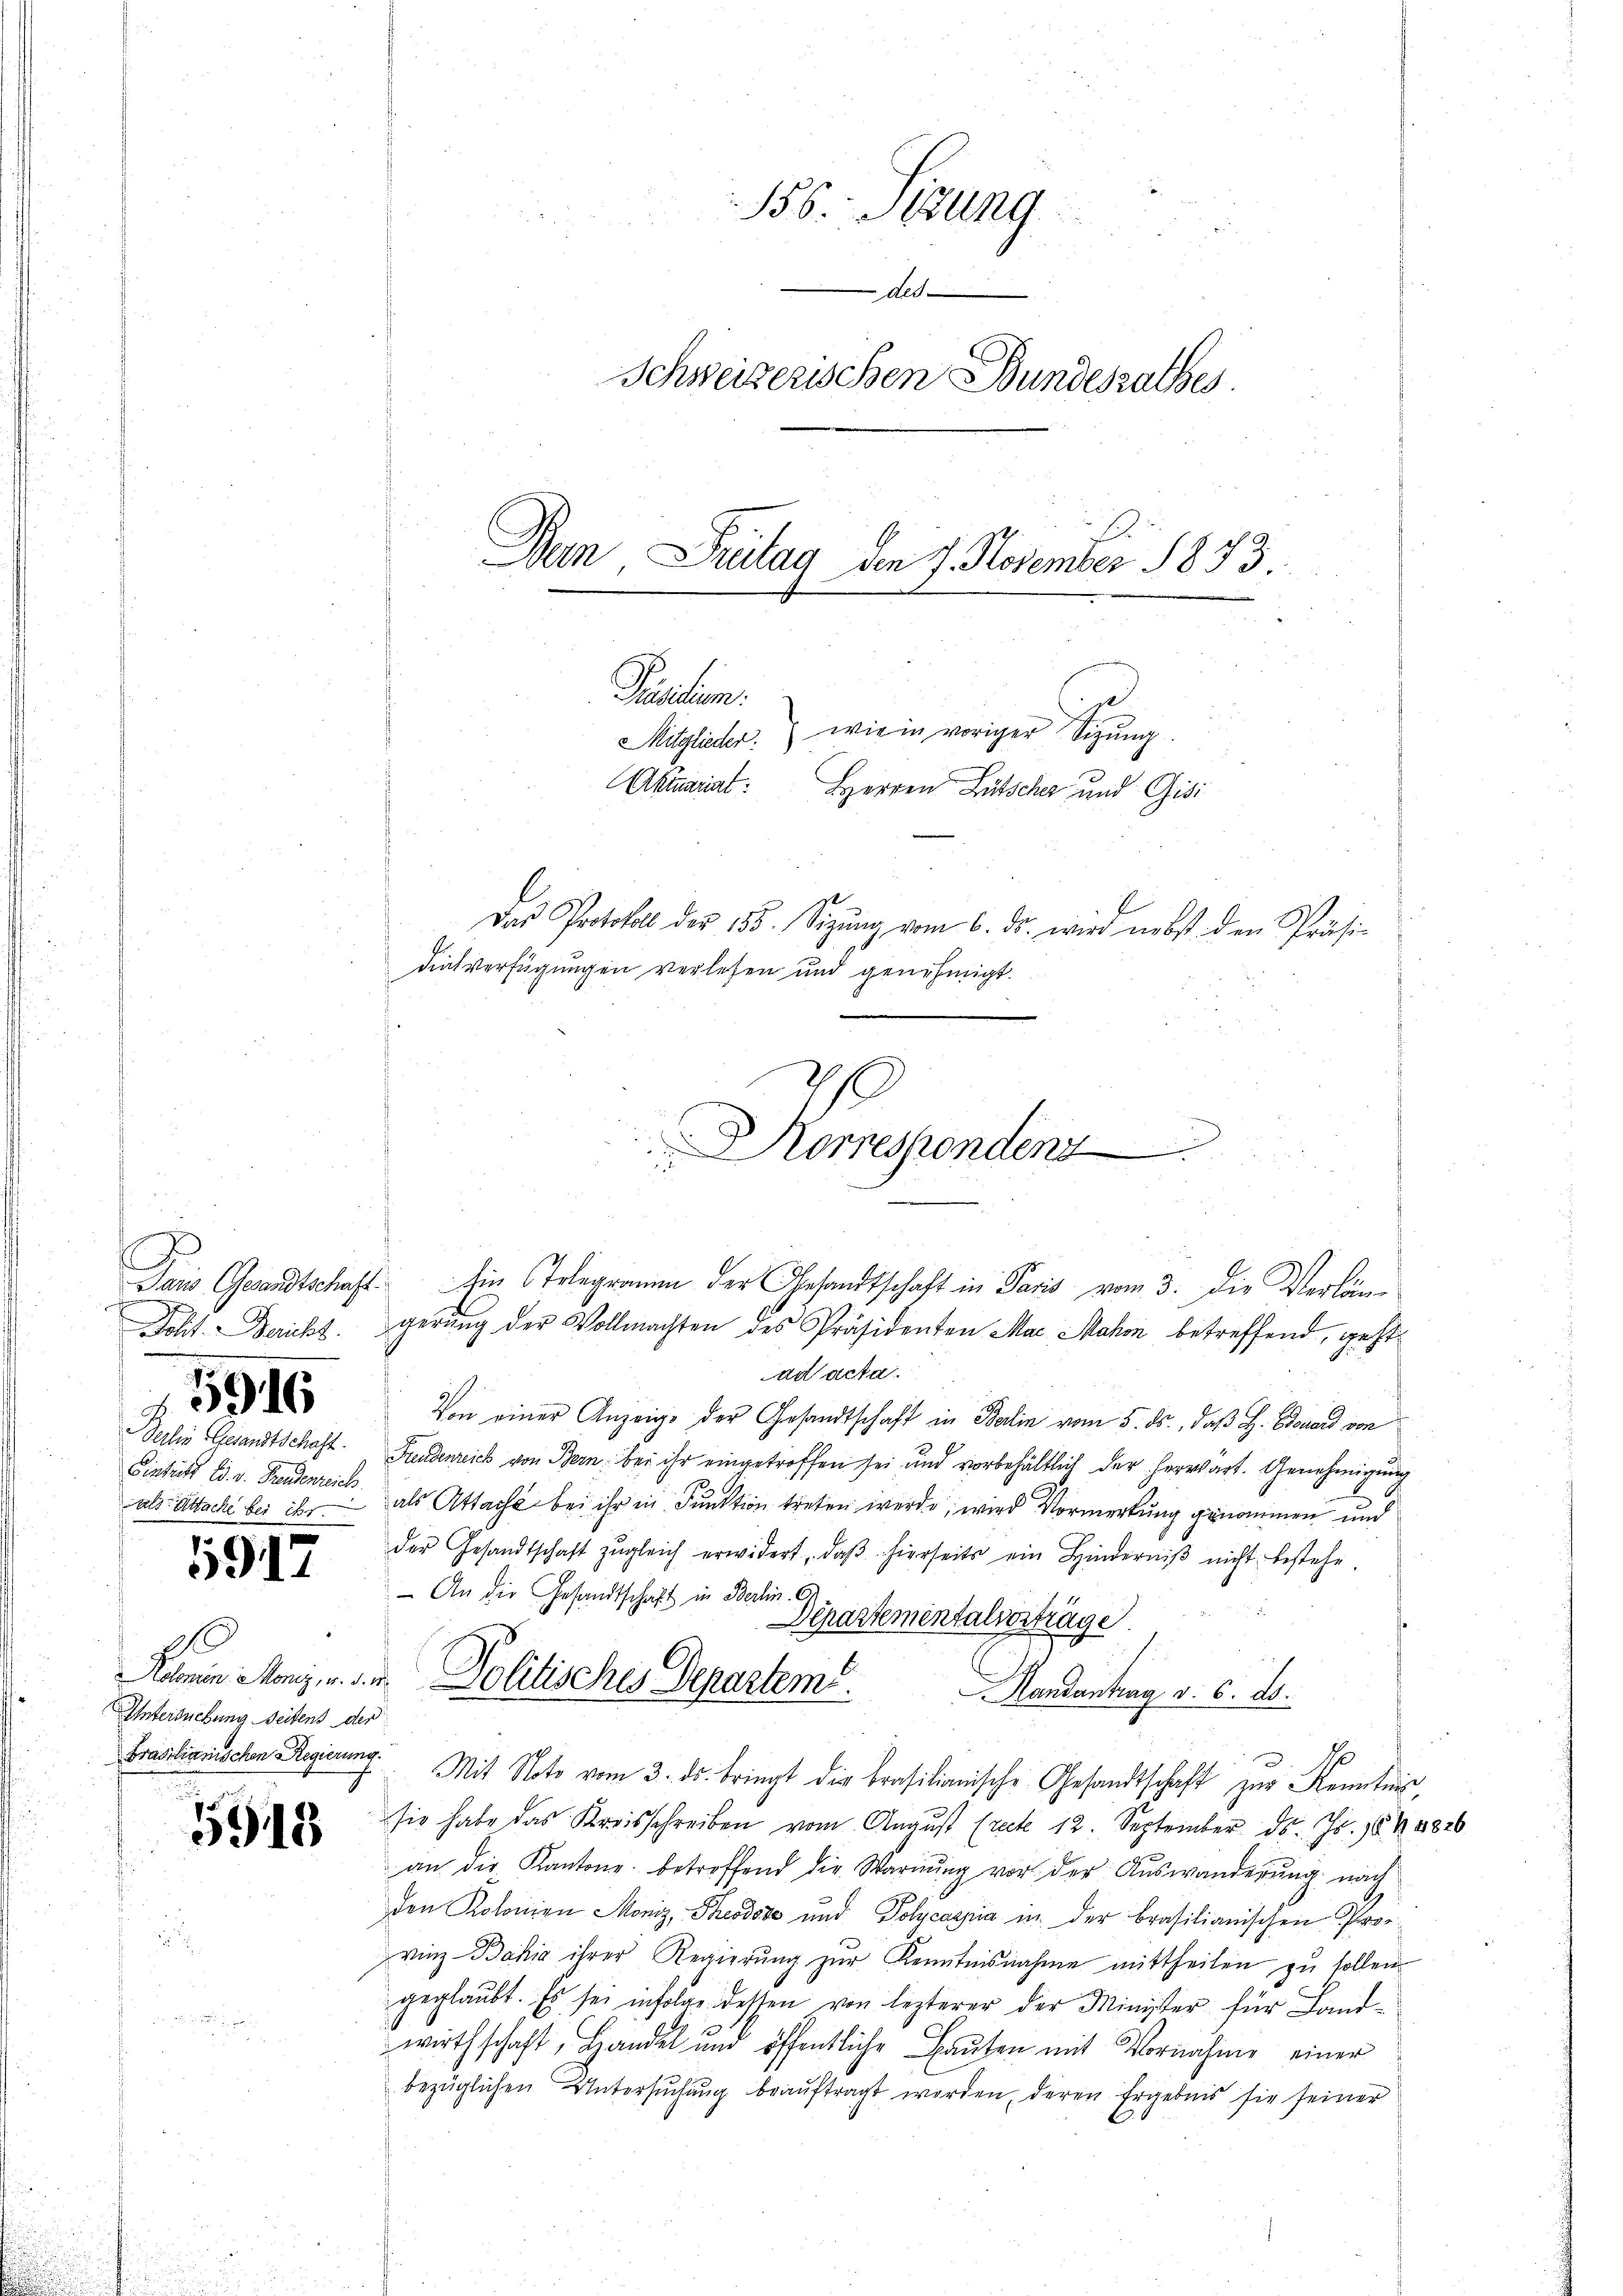
Dans Gesandtschaft.
a
Polit. Bericht.
5916
Perlin Gesandtschaft.
Eintritt Ed. v. Freudenzeich

1917

0
Untersuchung Seitens der

5918

156. Sedung
de.
Schweizerischen Bundesrathes.
Den Pritag den 7. November 1873.
Präsiden.
Mitglieder. wie in voriger Sitzŭng
Akmariat
Herren Lütscher und Gisi

Das Protokoll der 155. Seizŭng vom 6. ds. wird nebst den Präsi-
dialverfügungen verlesen und genehmigt.

gerŭng der Vollmachten des Präsidenten Max Mahon betreffend, geht
ad acta.
Von einer Anzeige der Gesandtschaft in Balin vom 5. ds., daß H. Edouard von
Freudenreich von Bern bei ihr eingetroffen sei und vorbehältlich der herwärt. Genehmigung
als Attache bei ihr als Attache bei ihr in Funktion treten werde, wird Vormerkung genommen und
der Gesandtschaft zŭgleich erwidert, daβ hierseits ein Hinderniβ nicht bestehe.
 An die Gesandtschaft in Berlin 6.
Departementalverträge
Prastianischen Regierung. Mit Noto vom 3. ds. bringt die Brasilianische Gesandtschaft zur Kenntnis,
sie habe das Kreisschreiben vom August (recte 12. September d. Js. 1848826
an die Kantone betroffend die Warnŭng vor der Aŭswanderŭng nach
den Kolonien Moniz, Theodose und Polycaspia in der brasilianischen Provinz Bahia ihrer Regierung zur Kenntnisnahme mittheilen zu sollen
geglaubt. Es sei infolge detten von lezterer der Minister für Landwirthschaft, Handel und öffentliche Baŭten mit Vornahme einer
bezüglichen Untersuchung beauftragt werden, deren Ergebnis sie seiner

Kolonin Menz, u. s. u. Politisches Departem Mandantrag v. 6. d.

omespondent
Ain Telegramm der Gesandtschaft in Paris vom 3. die Verlän¬